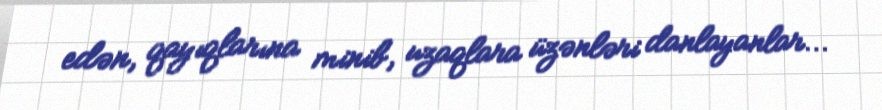
edən, qayıqlarına minib, uzaqlara üzənləri danlayanlar...